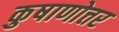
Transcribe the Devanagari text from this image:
कुषाणोत्तर